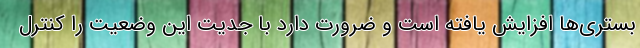
بستری‌ها افزایش یافته است و ضرورت دارد با جدیت این وضعیت را کنترل